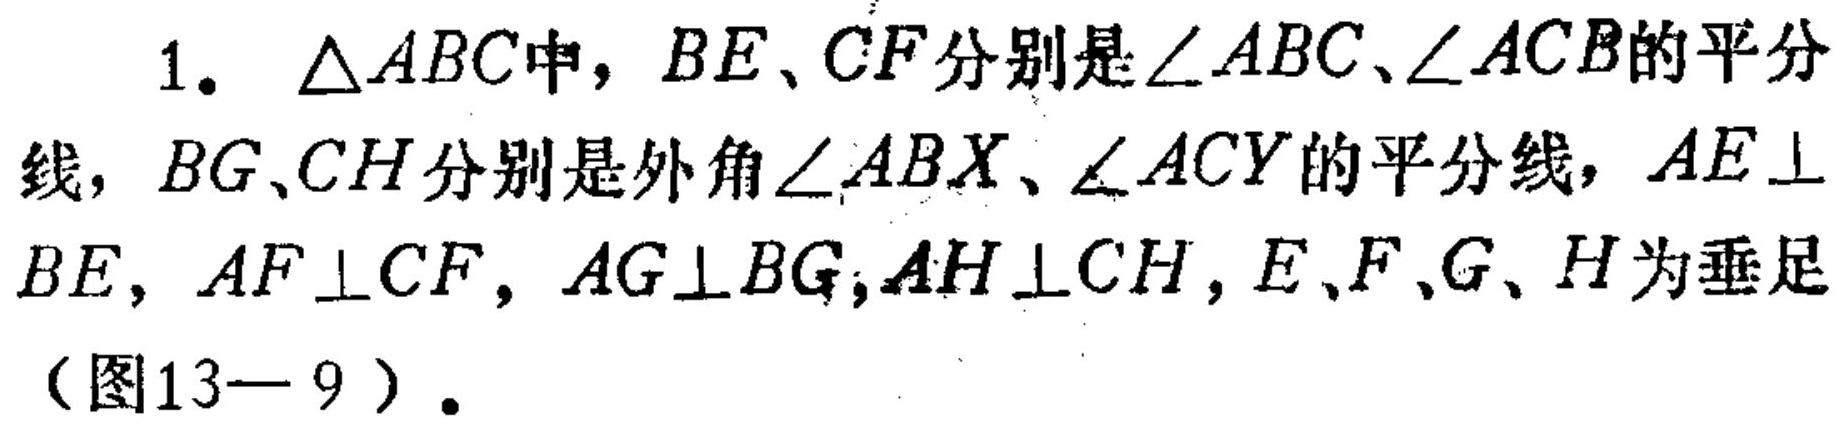
1. \(\triangle ABC\)中，\(BE、CF\)分别是\(\angle ABC、\angle ACB\)的平分线，\(BG、CH\)分别是外角\(\angle ABX、\angle ACY\)的平分线，\(AE\perp BE\)，\(AF\perp CF\)，\(AG\perp BG\)，\(AH\perp CH\)，\(E、F、G、H\)为垂足（图13—9）.